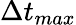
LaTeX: \Delta t_{max}